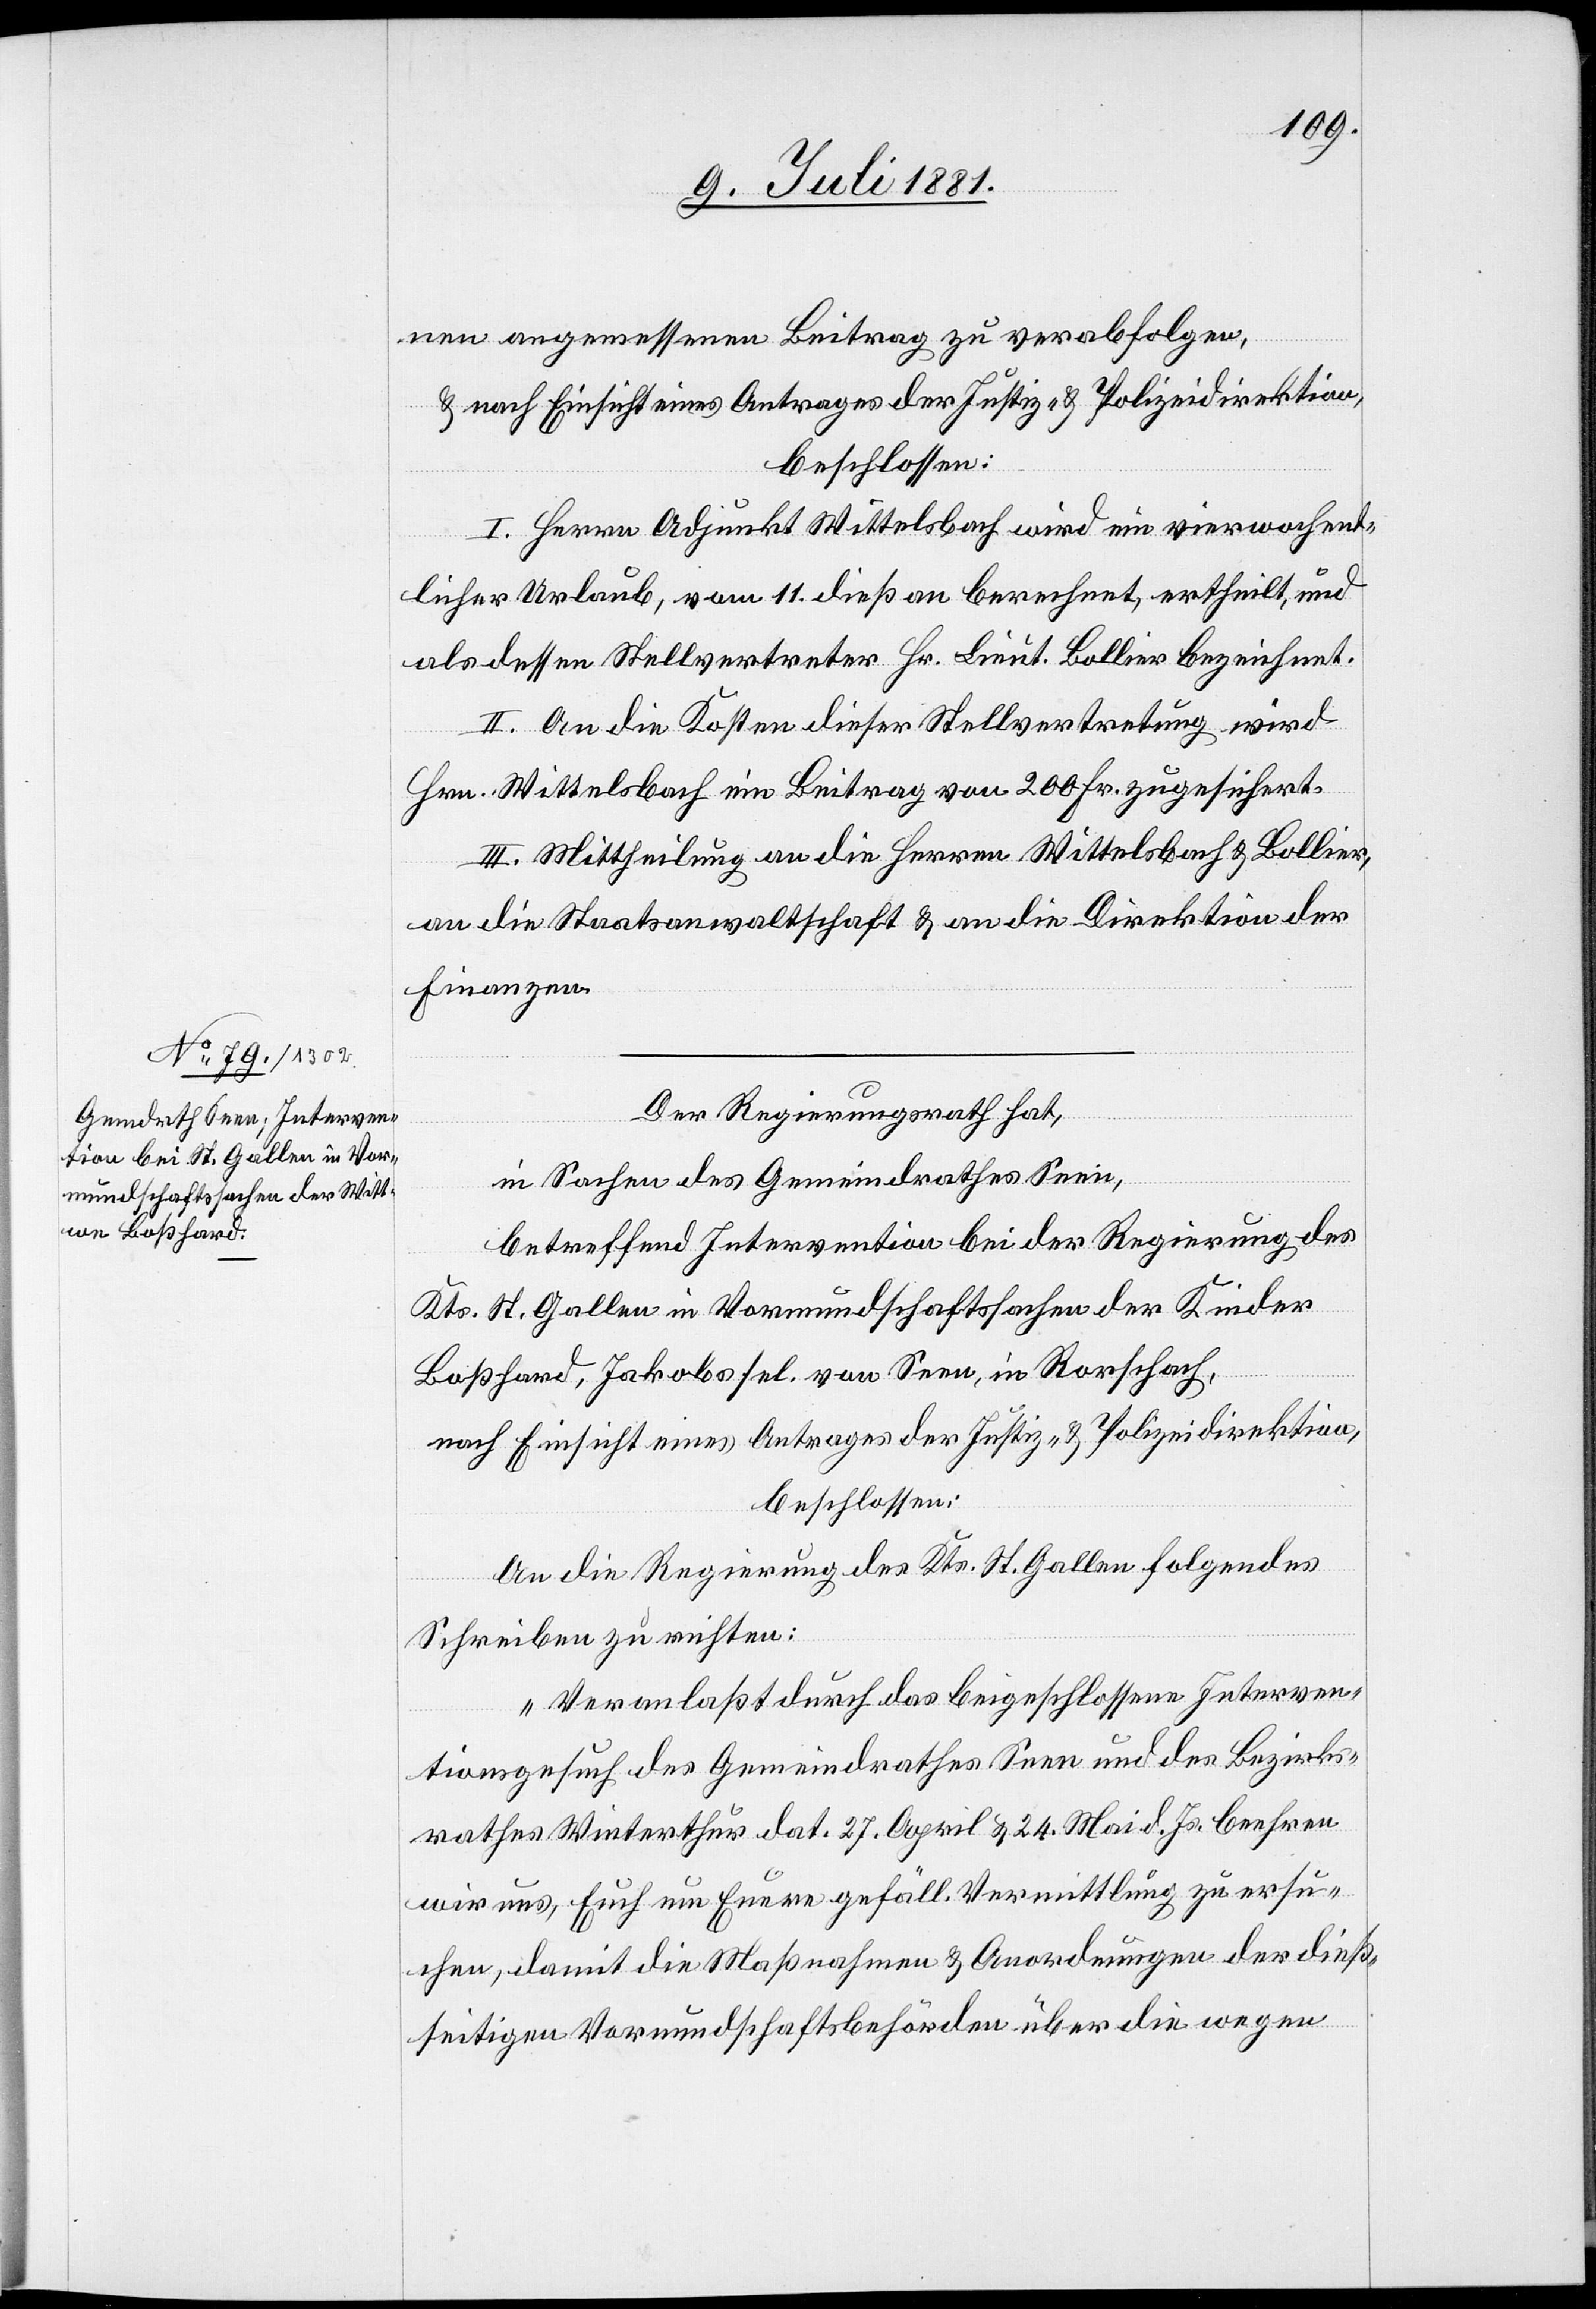
nen angemessenen Beitrag zu verabfolgen,
& nach Einsicht eines Antrages der Justiz- & Polizeidirektion,
beschlossen:
I. Herrn Adjunkt Wittelsbach wird ein vierw[ö]chent¬
licher Urlaub, vom 11. dieß an berechnet, ertheilt, und
als dessen Stellvertreter Hr. Lieut. Bollier bezeichnet.
II. An die Kosten dieser Stellvertretung wird
Hrn. Wittelsbach ein Beitrag von 200 Fr. zugesichert.
III. Mittheilung an die Herren Wittelsbach & Bollier,
an die Staatsanwaltschaft & an die Direktion der
Finanzen.
Der Regierungsrath hat,
in Sachen des Gemeindrathes Seen,
betreffend Intervention bei der Regierung des
Kts. St. Gallen in Vormundschaftssachen der Kinder
Boßhard, Jakobs sel. von Seen, in Rorschach,
nach Einsicht eines Antrages der Justiz- & Polizeidirektion,
beschlossen:
An die Regierung des Kts. St. Gallen folgendes
Schreiben zu richten:
„Veranlaßt durch das beigeschlossene Interven¬
tionsgesuch des Gemeindrathes Seen und des Bezirks¬
rathes Winterthur dat. 27. April & 24. Mai d. Js. beehren
wir uns, Euch um Euere gefäll. Vermittlung zu ersu¬
chen, damit die Maßnahmen & Anordnungen der dieß¬
seitigen Vormundschaftsbehörde über die wegen